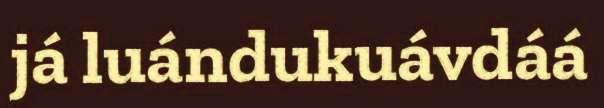
já luándukuávdáá